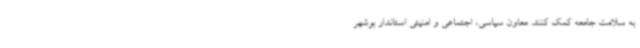
به سلامت جامعه کمک کنند. معاون سیاسی، اجتماعی و امنیتی استاندار بوشهر